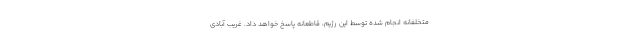
متخلفانه انجام شده توسط این رژیم، قاطعانه پاسخ خواهد داد. غریب آبادی